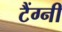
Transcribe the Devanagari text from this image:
टैंग्नी